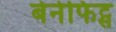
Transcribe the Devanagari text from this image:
बेनेफिट्स